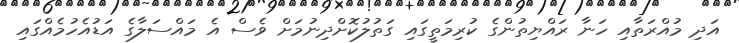
އަދި މުއްރަތާއި ހަނާ ރައްޔިތުންގެ ކުރިމަތީގައި ގަތުލުކޮށްދިނުމަށް ވެސް އެ މައްސަލާގެ އަޑުއެހުމެއްގައި